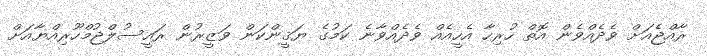
ރާއްޖެއަށް ވެދެއްވެން އޮތް ހުރިހާ އެހީއެއް ވެދެއްވާނެ ކަމުގެ ޔަޤީންކަން ވަޒީރުން ރައީސުލްޖުމްހޫރިއްޔާއަށް